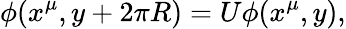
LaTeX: \phi(x^{\mu},y+2\pi R)=U\phi(x^{\mu},y),